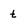
Character: t